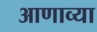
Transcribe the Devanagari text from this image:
आणाव्या